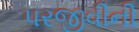
પરજીવીની